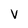
Character: V